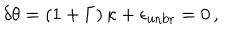
LaTeX: \delta \theta = \left( 1 + \Gamma \right) \kappa + \epsilon _ { \mathrm { u n b r } } = 0 \, ,